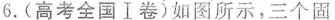
6.(高考全国Ⅰ卷)如图所示，三个固